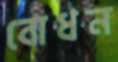
বোধন